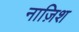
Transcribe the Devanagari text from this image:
नाज़िश